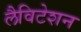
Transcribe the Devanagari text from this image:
लैविटेशन